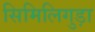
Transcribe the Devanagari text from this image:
सिमिलिगुड़ा